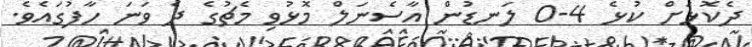
ދެކޮޅަށް ކުޅެ 4-0 ލަނޑުން އާސެނަލް މޮޅުވި މެޗުގެ ދެ ވަނަ ހާފުގައެވެ.